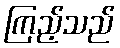
ကြည့်သည်